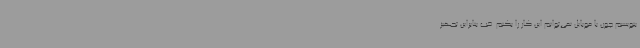
بنویسم چون با موبایل نمی‌توانم این کار را بکنم. خب بنابراین تجهیز